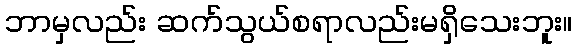
ဘာမှလည်း ဆက်သွယ်စရာလည်းမရှိသေးဘူး။